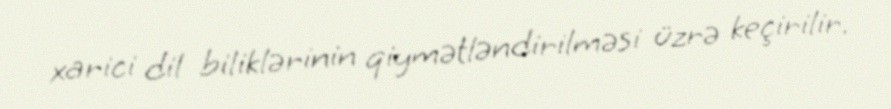
xarici dil biliklərinin qiymətləndirilməsi üzrə keçirilir.